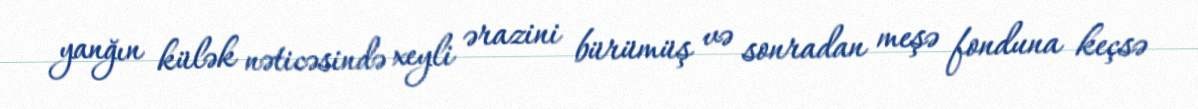
yanğın külək nəticəsində xeyli ərazini bürümüş və sonradan meşə fonduna keçsə